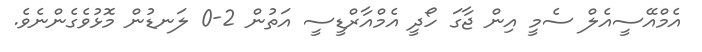
އެމްއޭސީއެލް ސެމީ އިން ޖާގަ ހޯދީ އެމްއާރްޑީސީ އަތުން 2-0 ލަނޑުން މޮޅުވެގެންނެވެ.